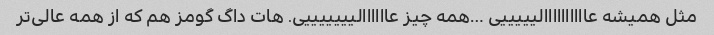
مثل همیشه عاااااااااالیییییی …همه چیز عاااااالیییییییی. هات داگ گومز هم که از همه عالی‌تر